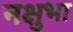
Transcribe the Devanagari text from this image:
नक्षुभा